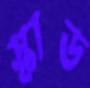
স্কাড